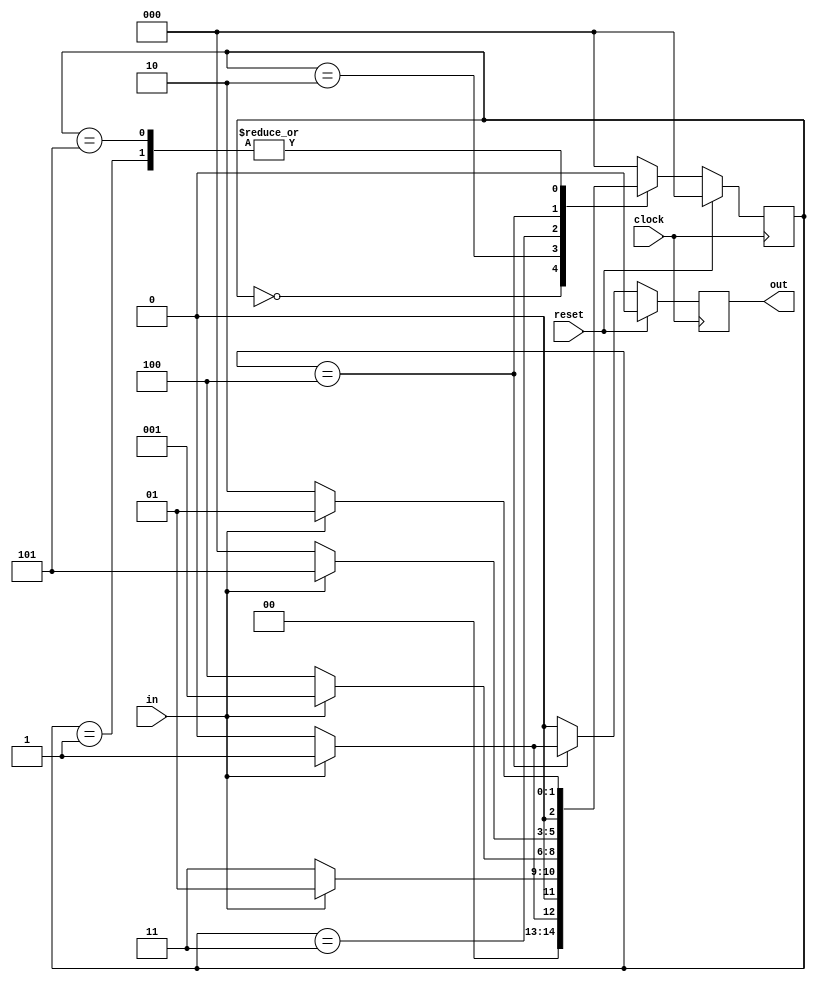
module sequencDetector(
    input in,
    input reset,
    input clock,
    output reg out
    );

reg [2:0] state;
parameter s0 = 3'b000, s1 = 3'b001, s2 = 3'b010, s3 = 3'b011, s4 = 3'b100, s5 = 3'b101;

always @(posedge clock)
begin
	 if (reset)
    begin
      state <= s0;
      out  <= 0 ;
    end
  else
      case(state)
              s0 : if (in)  begin state <= s1; out <= 0 ; end
                    else    begin state <= s0; out <= 0 ; end
              s1 : if (in)  begin state <= s1; out <= 0 ; end
                    else    begin state <= s2; out <= 0 ; end
              s2 : if (in)  begin state <= s1; out <= 0 ; end
                    else    begin state <= s3; out <= 0 ; end
              s3 : if (in)  begin state <= s1; out <= 0 ; end
                    else    begin state <= s4; out <= 0 ; end
              s4 : if (in)  begin state <= s5; out <= 1 ; end
                    else    begin state <= s0; out <= 0 ; end
              s5 : if (in)  begin state <= s1; out <= 0 ; end
                    else    begin state <= s2; out <= 0 ; end
        default:   if (in)  begin state <= s0; out <= 0 ; end
                    else    begin state <= s0; out <= 0 ; end
      endcase

end

endmodule